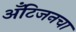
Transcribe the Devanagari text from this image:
अँटिजनचा